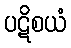
ပဋိစယံ